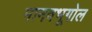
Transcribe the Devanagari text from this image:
मानवभूगोल